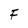
Character: F